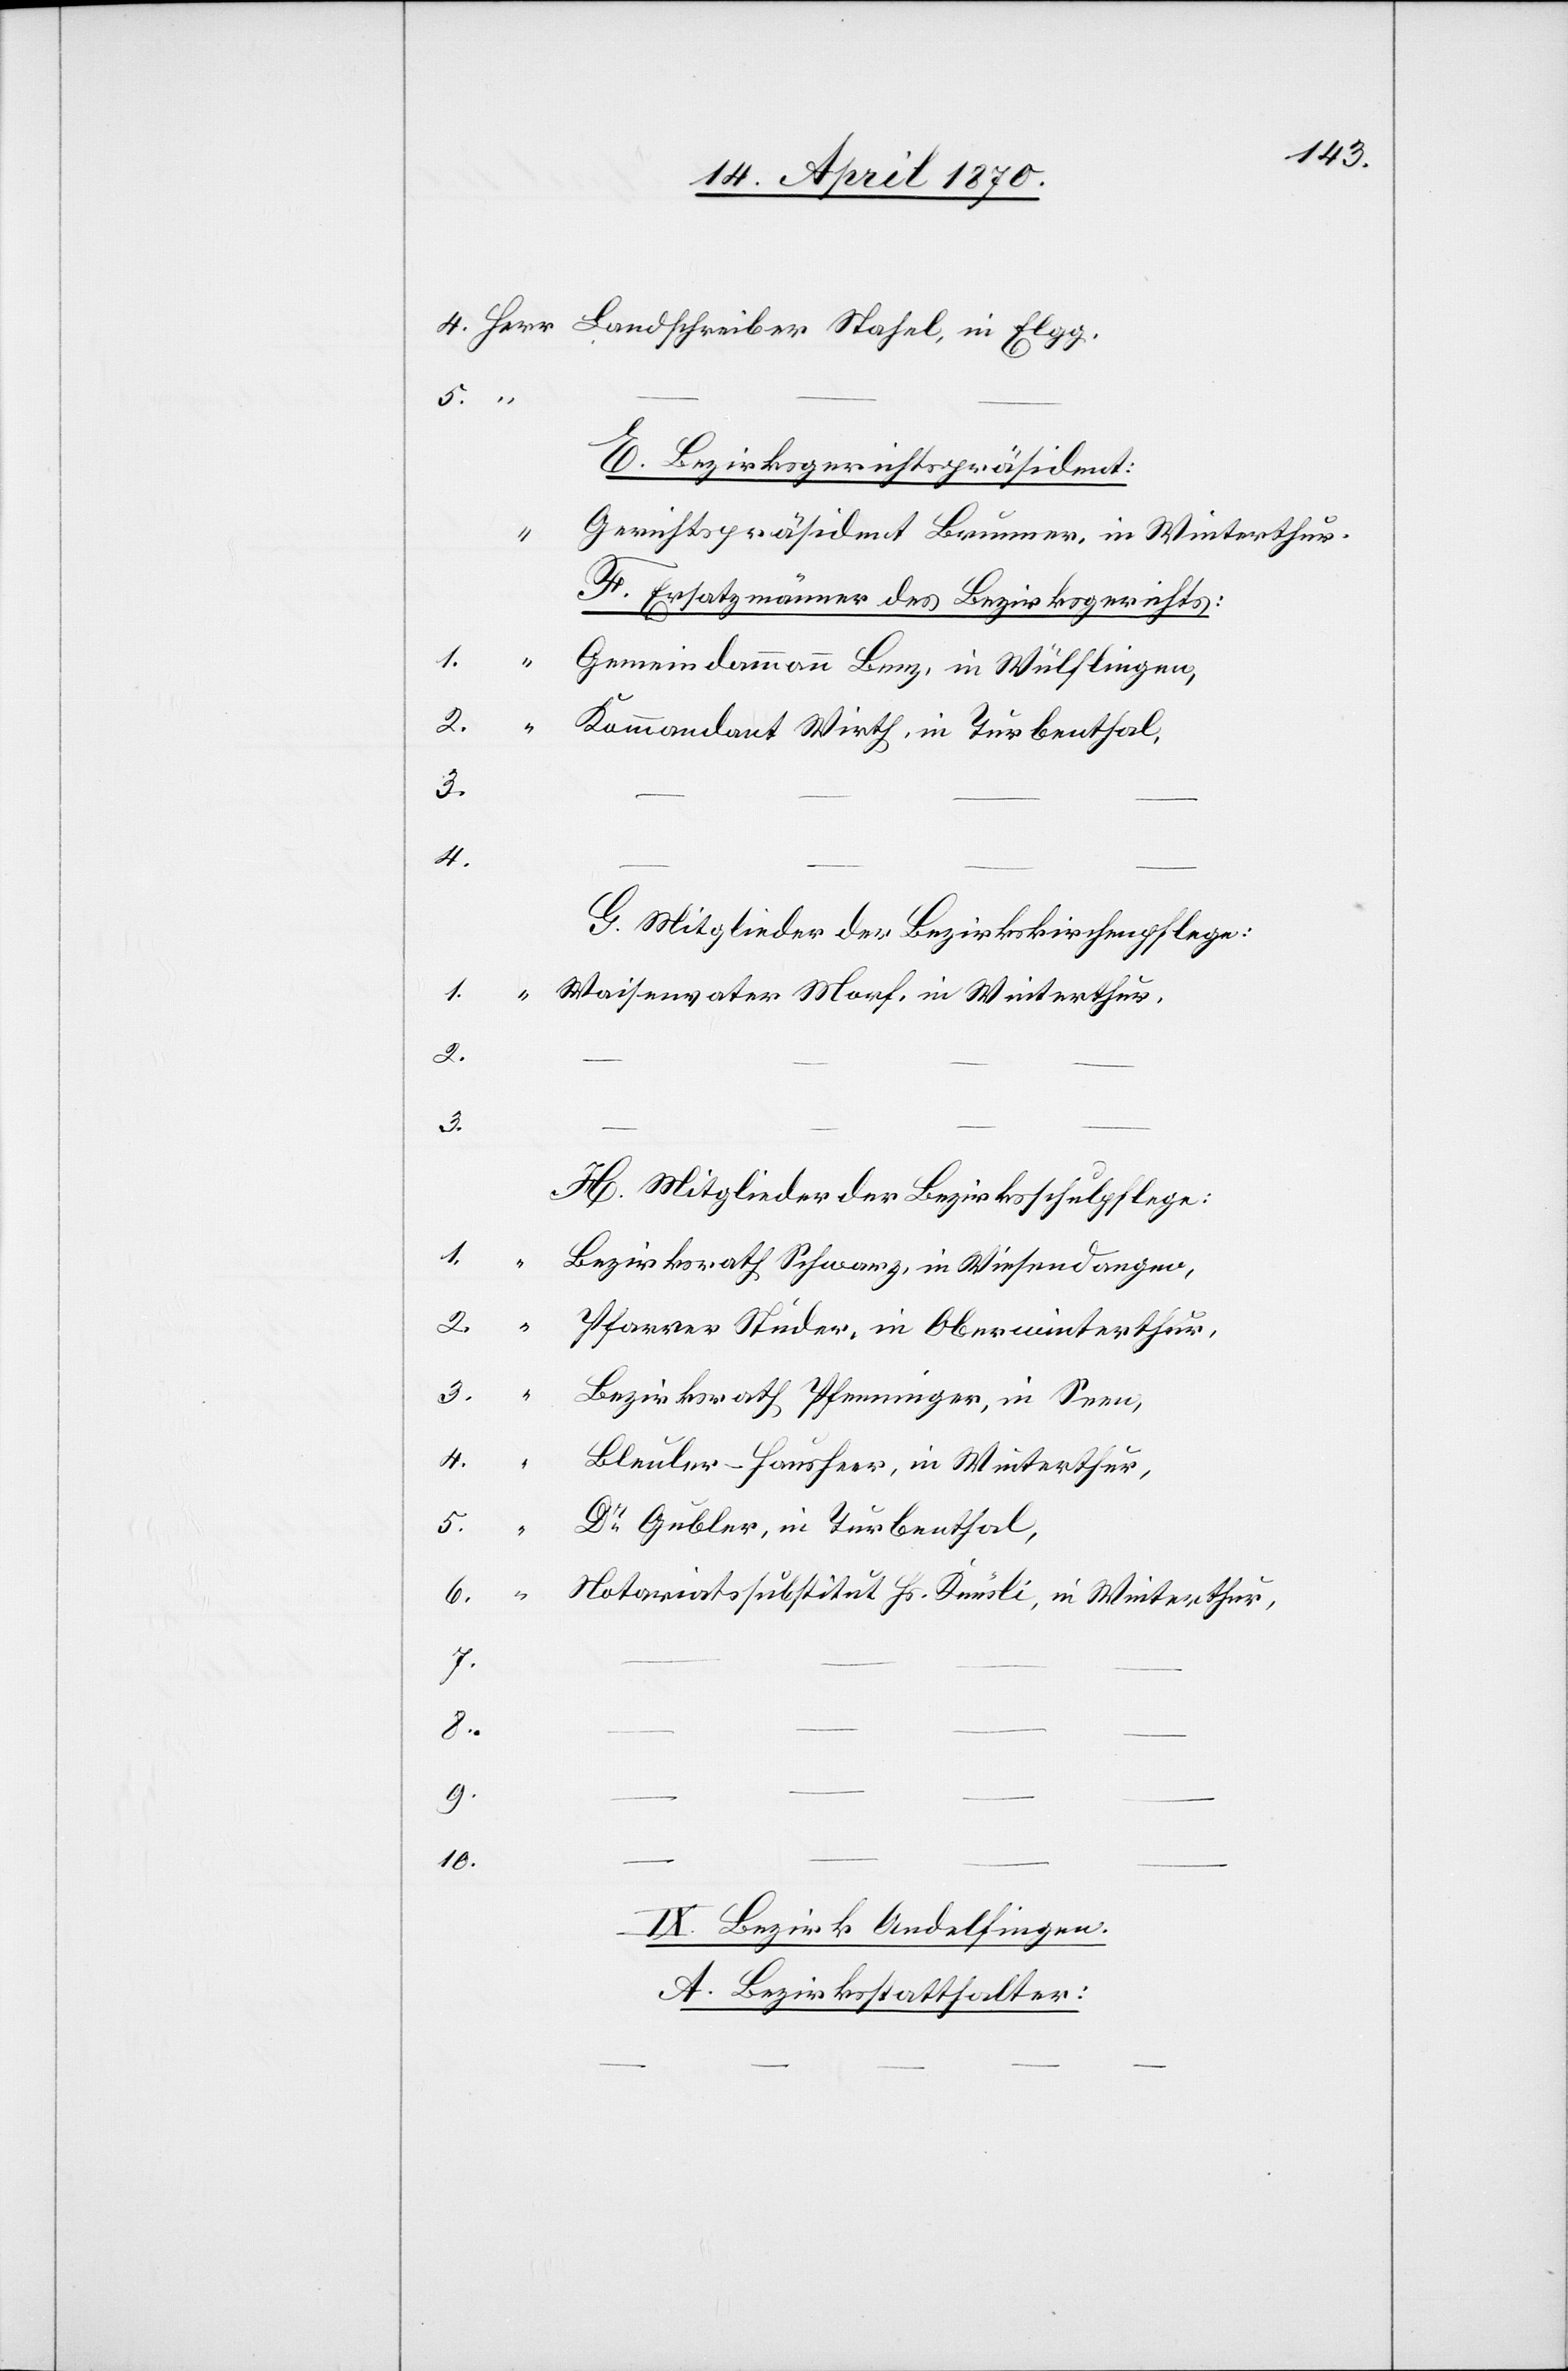
5.
E. Bezirksgerichtspräsident:
Gerichtspräsident Brunner, in Winterthur.
1.
F. Ersatzmänner des Bezirksgerichts:
Gemeindammann Benz, in Wülflingen,
4.
G. Mitglieder der Bezirkskirchenpflege:
Waisenvater Morf, in Winterthur,
2.
3.
H. Mitglieder der Bezirksschulpflege:
Bezirksrath Schwarz, in Wiesendangen,
Bezirksrath Pfenninger, in Seen,
Bleuler-Hausheer, in Winterthur,
5.
Dr Gubler, in Turbenthal,
Notariatssubstitut Hs. Knüsli, in Winterthur,
7.
8.
9.
10.
IX. Bezirk Andelfingen
A. Bezirksstatthalter: